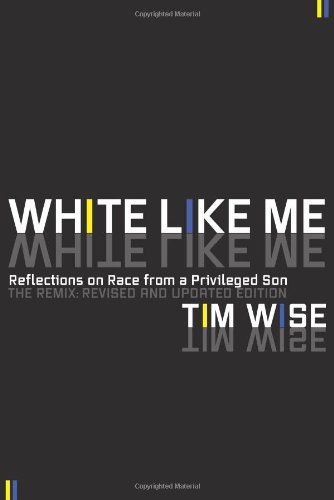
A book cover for White Like Me: Reflections on Race from a Privileged Son; Tim Wise; History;